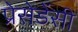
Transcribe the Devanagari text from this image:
प्रेसेडेंसी